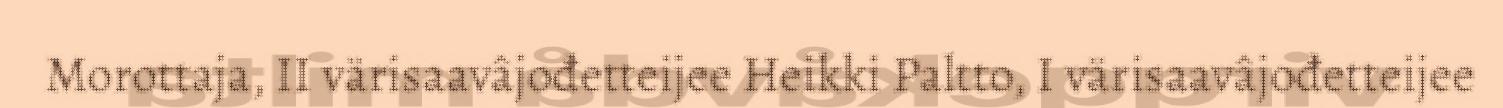
Morottaja, II värisaavâjođetteijee Heikki Paltto, I värisaavâjođetteijee